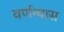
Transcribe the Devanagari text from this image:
वर्णन्यास